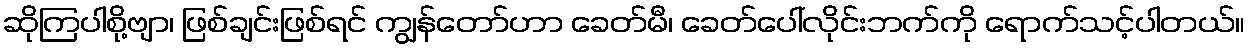
ဆိုကြပါစို့ဗျာ၊ ဖြစ်ချင်းဖြစ်ရင် ကျွန်တော်ဟာ ခေတ်မီ၊ ခေတ်ပေါ်လိုင်းဘက်ကို ရောက်သင့်ပါတယ်။